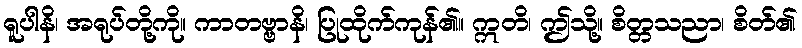
ရူပါနိ၊ အရုပ်တို့ကို။ ကာတဗ္ဗာနိ၊ ပြုထိုက်ကုန်၏။ ဣတိ၊ ဤသို့။ စိတ္တသညာ၊ စိတ်၏